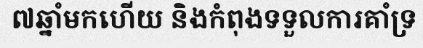
៧ឆ្នាំមកហើយ និងកំពុងទទួលការគាំទ្រ